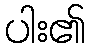
ပါး၏